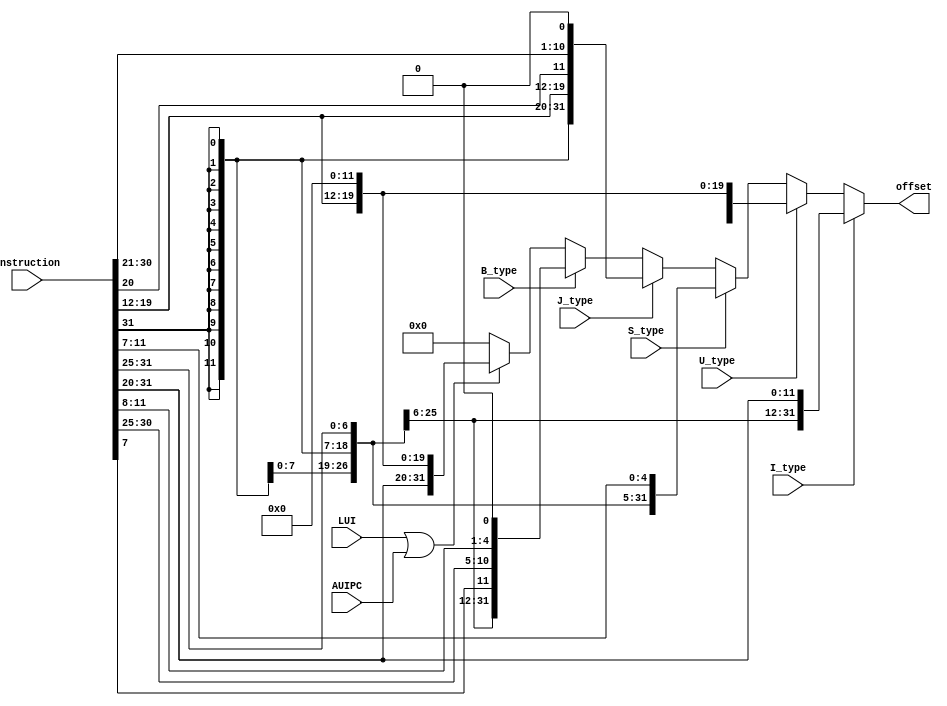
`timescale 1ns / 1ps
//////////////////////////////////////////////////////////////////////////////////
// Company: 
// Engineer: 
// 
// Design Name: 
// Module Name:    cpu_make_offset 
// Project Name: 
// Target Devices: 
// Tool versions: 
// Description: 
//
// Dependencies: 
//
// Revision: 
// Revision 0.01 - File Created
// Additional Comments: 
//
//////////////////////////////////////////////////////////////////////////////////
module cpu_make_offset(
	input [31:0] instruction,
	input I_type,
	input S_type,
	input B_type,
	input U_type,
	input J_type,
	input LUI,
	input AUIPC,

	
	
	output reg [31:0] offset	
);
	
	wire [2:0] funct3 = instruction[14:12]; 
	
	wire [31:0] B_type_imm_merge;
	wire [31:0] S_type_imm_merge;
	wire [31:0] J_type_imm_merge;
	wire [31:0] U_type_imm_merge;
	wire [31:0] I_type_imm_merge;
	//wire [6:0]imm1;   // for S B type
	//wire [4:0]imm2;   // for S B type
	//wire [19:0]imm3;  // for j_type

	//assign imm1 = instruction[24:18];
	//assign imm2 = instruction[4:0];
	//assign imm3 = instruction[24:5];
		
	assign B_type_imm_merge = { {20{instruction[31]}},instruction[7],instruction[30:25],instruction[11:8],1'b0} ;
	assign S_type_imm_merge = {{21{instruction[31]}},instruction[30:25],instruction[11:8],instruction[7]} ;
	assign U_type_imm_merge = {instruction[31],instruction[30:21],instruction[19:12],{12{1'b0}}};  
	assign J_type_imm_merge = { {12{instruction[31]}},instruction[19:12],instruction[20],instruction[30:25],instruction[24:21],1'b0};
	assign I_type_imm_merge = {{21{instruction[31]}},instruction[30:20]};
	
	always @ ( * ) begin 
		if (I_type) begin 
		offset <= I_type_imm_merge ;
		end
		
		else if (U_type) begin
		offset <= U_type_imm_merge ;
		end 
		
		else if (S_type) begin		
		offset <= S_type_imm_merge ;		
		end 
		
		else if (J_type) begin
		offset <=  J_type_imm_merge;
		end 
		
		else if (B_type) begin
		offset <= B_type_imm_merge ;
		end 
		
		else if (LUI | AUIPC) begin
		offset <= {instruction[31:12],{(12){1'b0}}};
		end 
		
		
	
		else begin 
		offset <=0;
		end 
	end 


endmodule